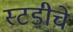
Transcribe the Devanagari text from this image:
स्टडीचे